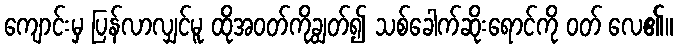
ကျောင်းမှ ပြန်လာလျှင်မူ ထိုအဝတ်ကိုချွတ်၍ သစ်ခေါက်ဆိုးရောင်ကို ဝတ် လေ၏။